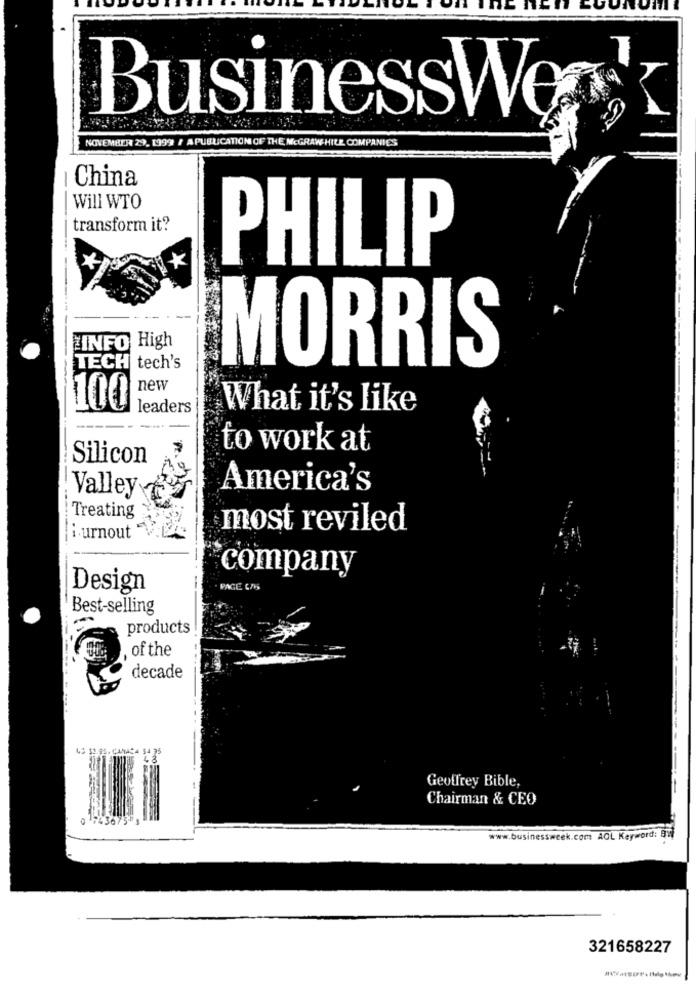
BusinessWę
NOVEMBER 29, 1999 / A PUBLICATION OF THE MCGRAW-HILL COMPANIES
China
Will WTO
transform it?
PHILIP
ZINFO High
MORRIS
TECH tech's
new
100
leaders
What it's like
to work at
Silicon
America's
Valley
Treating
most reviled
--------
i urnout
company
Design
PAGE LOS
Best-selling
products
of the
decade
45 32.95. CAMACA 54 75
Geoffrey Bible,
Chairman & CEO
0 743675
www.businessweek.com AOL Keyword: BW
321658227